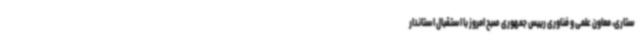
ستاری، معاون علمی و فناوری رییس جمهوری صبح امروز با استقبال استاندار